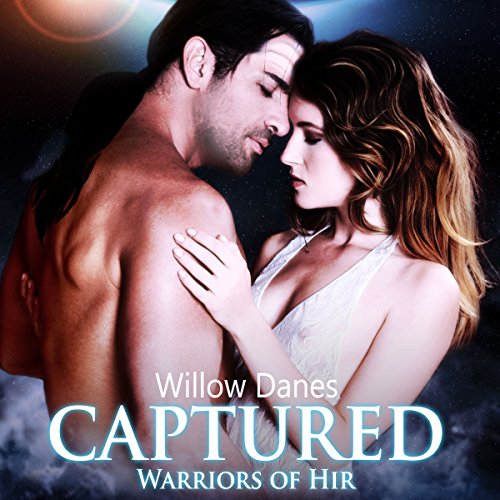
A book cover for Captured: Warriors of Hir, Volume 1; Willow Danes; Romance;